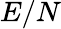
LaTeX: E/N